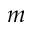
m